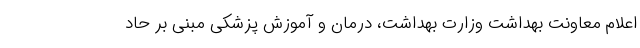
اعلام معاونت بهداشت وزارت بهداشت، درمان و آموزش پزشکی مبنی بر حاد